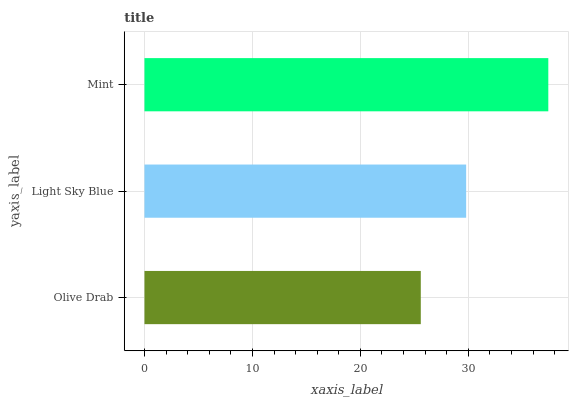
| yaxis_label | bars |
 | --- | --- |
 | Olive Drab | 25.6 |
 | Light Sky Blue | 29.8 |
 | Mint | 37.4 |